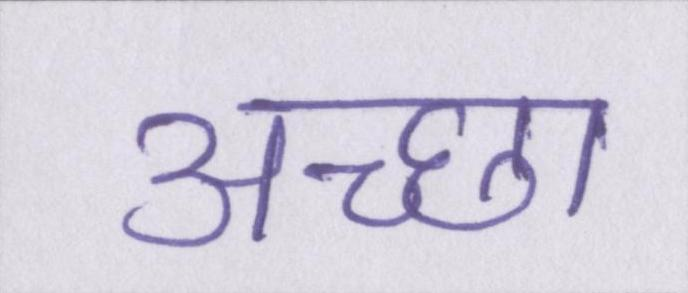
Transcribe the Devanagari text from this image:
अच्छा